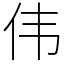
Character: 伟